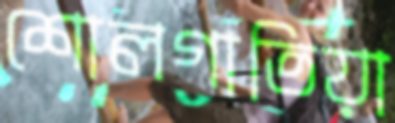
শোলগাতিয়া